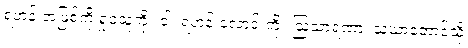
ရဟန်းအဖြစ်ကို ရှုငဲ့သူကို။ ဝါ၊ ရဟန်းလောင်းကို။ ဩသာရဏာ၊ သံဃာ့ဘောင်သို့